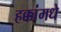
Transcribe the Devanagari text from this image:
हक्कांमधे